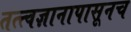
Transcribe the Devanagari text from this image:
तत्त्वज्ञानापासूनच